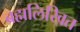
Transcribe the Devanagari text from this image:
ब्रह्मलिखित